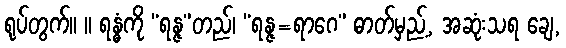
ရုပ်တွက်။ ။ ရန္ဓံကို “ရန္ဇ”တည်၊ “ရန္ဇ=ရာဂေ” ဓာတ်မှည့်, အဆုံးသရ ချေ,